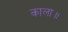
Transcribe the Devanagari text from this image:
काला॥